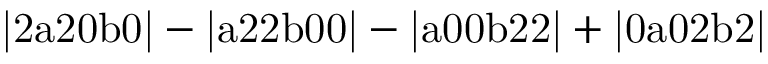
\mathrm { | 2 a 2 0 b 0 | - | a 2 2 b 0 0 | - | a 0 0 b 2 2 | + | 0 a 0 2 b 2 | }